Indian journal of veterinary science and animal husbandry - Volume 9,
Year: 1939
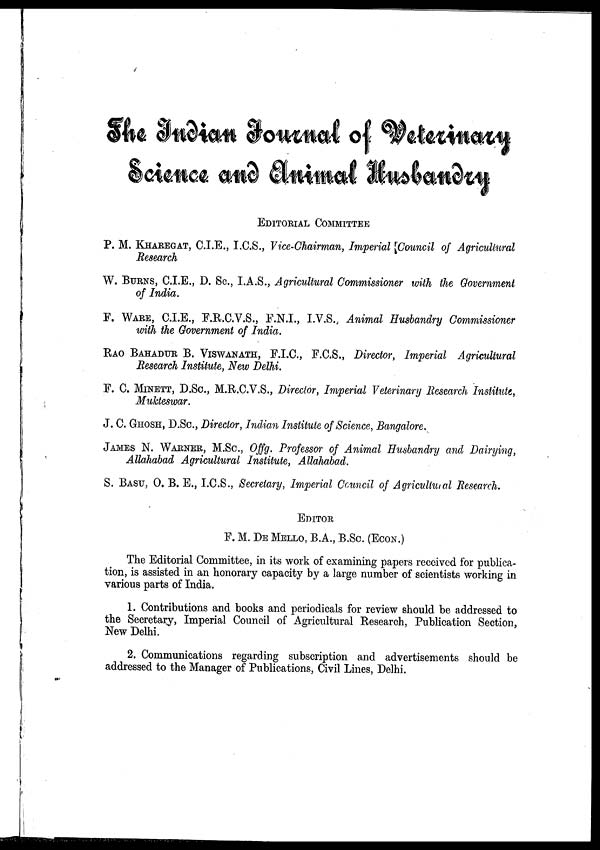
The Indian Journal of Weterinary
Science and Animal Husbandry
EDITORIAL COMMITTEE
P. M. KHAREGAT, C.I.E., I.C.S., Vice-Chairman, Imperial Council of Agricultural
Research
W. BURNS, C.I.E., D. Sc., I.A.S., Agricultural Commissioner with the Government
of India.
F. WARE, C.I.E., F.R.C.V.S., F.N.I., I.V.S., Animal Husbandry Commissioner
with the Government of India.
RAO BAHADUR B. VISWANATH, F.I.C, F.C.S., Director, Imperial Agricultural
Research Institute, New Delhi.
F. C. MINETT, D.Sc., M.R.C.V.S., Director, Imperial Veterinary Research Institute,
Mukteswar.
J. C. GHOSH, D.Sc., Director, Indian Institute of Science, Bangalore.
JAMES N. WARNER, M.Sc., Offg. Professor of Animal Husbandry and Dairying,
Allahabad Agricultural Institute, Allahabad.
S. BASU, O. B. E., I.C.S., Secretary, Imperial Council of Agricultural Research.
EDITOR
F. M. DE MELLO, B.A., B.Sc. (ECON.)
The Editorial Committee, in its work of examining papers received for publica-
tion, is assisted in an honorary capacity by a large number of scientists working in
various parts of India.
1. Contributions and books and periodicals for review should be addressed to
the Secretary, Imperial Council of Agricultural Research, Publication Section,
New Delhi.
2. Communications regarding subscription and advertisements should be
addressed to the Manager of Publications, Civil Lines, Delhi.